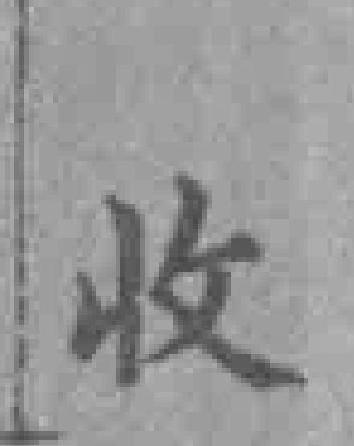
收